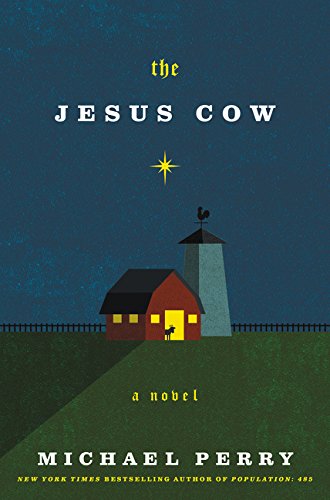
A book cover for The Jesus Cow: A Novel; Michael Perry; Literature & Fiction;